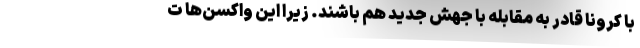
با کرونا قادر به مقابله با جهش جدید هم باشند. زیرا این واکسن‌ها ت